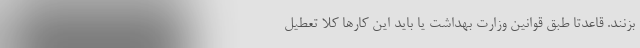
بزنند. قاعدتاً طبق قوانين وزارت بهداشت يا بايد اين كارها كلاً تعطيل